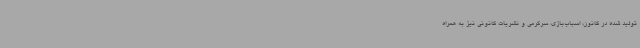
تولید شده در کانون، اسباب‌بازی، سرگرمی و نشریات کانونی نیز به همراه